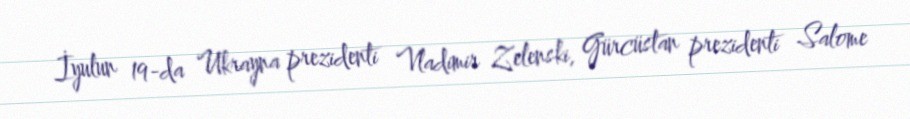
İyulun 19-da Ukrayna prezidenti Vladimir Zelenski, Gürcüstan prezidenti Salome